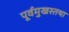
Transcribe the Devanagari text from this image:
पूर्वमुखस्तथा